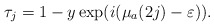
\begin{align*}\tau_j= 1 - y \exp(i(\mu_a(2j) - \varepsilon)).\end{align*}